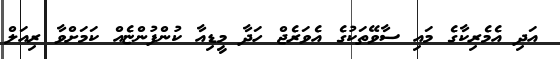
އަދި އެމެރިކާގެ މައި ސާވޭތަކުގެ އެވަރެޖް ހަދާ މީޑިއާ ކުންފުންޏެއް ކަމަށްވާ ރިއަލް